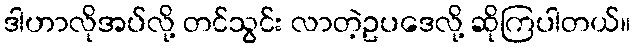
ဒါဟာလိုအပ်လို့ တင်သွင်း လာတဲ့ဥပဒေလို့ ဆိုကြပါတယ်။